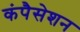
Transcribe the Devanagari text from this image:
कंपैसेशन